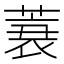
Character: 𰱪